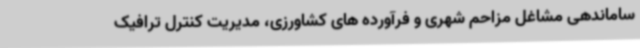
ساماندهی مشاغل مزاحم شهری و فرآورده های کشاورزی، مدیریت کنترل ترافیک